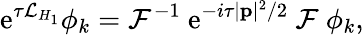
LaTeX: \mathrm{e}^{\tau\mathcal{L}_{H_{1}}}\phi_{k}=\mathcal{F}^{-1}\ \mathrm{e}^{-i\tau|{\mathbf p}|^{2}/2}\ \mathcal{F}\ \phi_{k},